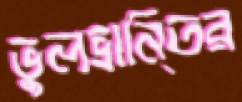
ভুলভ্রানি্তর